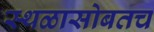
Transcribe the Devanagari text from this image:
स्थळासोबतच